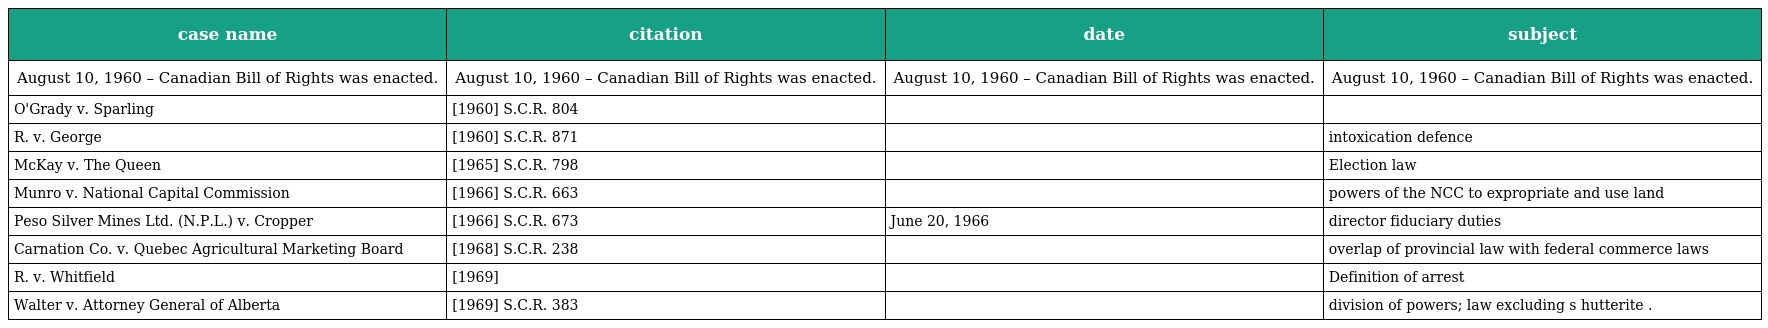
| case name | citation | date | subject |
 | --- | --- | --- | --- |
 | August 10, 1960 – Canadian Bill of Rights was enacted. | August 10, 1960 – Canadian Bill of Rights was enacted. | August 10, 1960 – Canadian Bill of Rights was enacted. | August 10, 1960 – Canadian Bill of Rights was enacted. |
 | O'Grady v. Sparling | [1960] S.C.R. 804 |  |  |
 | R. v. George | [1960] S.C.R. 871 |  | intoxication defence |
 | McKay v. The Queen | [1965] S.C.R. 798 |  | Election law |
 | Munro v. National Capital Commission | [1966] S.C.R. 663 |  | powers of the NCC to expropriate and use land |
 | Peso Silver Mines Ltd. (N.P.L.) v. Cropper | [1966] S.C.R. 673 | June 20, 1966 | director fiduciary duties |
 | Carnation Co. v. Quebec Agricultural Marketing Board | [1968] S.C.R. 238 |  | overlap of provincial law with federal commerce laws |
 | R. v. Whitfield | [1969] |  | Definition of arrest |
 | Walter v. Attorney General of Alberta | [1969] S.C.R. 383 |  | division of powers; law excluding s hutterite . |